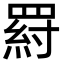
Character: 𦋝